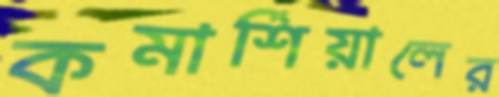
কমার্শিয়ালের